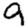
Digit: 9